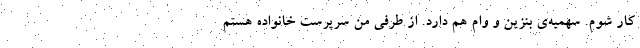
کار شوم. سهمیه‌ی بنزین و وام هم دارد. از طرفی من سرپرست خانواده هستم